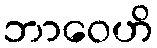
ဘာဝေဟိ